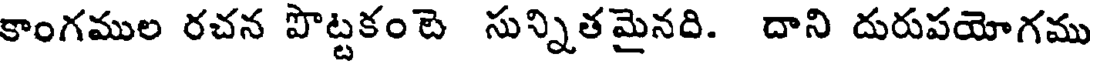
కాంగముల రచన పొట్టకం బె సున్నితమైనది. దాని దురుపయోగము